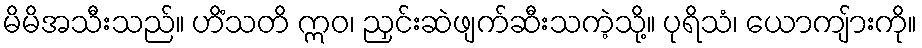
မိမိအသီးသည်။ ဟိံသတိ ဣဝ၊ ညှင်းဆဲဖျက်ဆီးသကဲ့သို့။ ပုရိသံ၊ ယောကျ်ားကို။